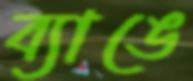
ব্যাঙে